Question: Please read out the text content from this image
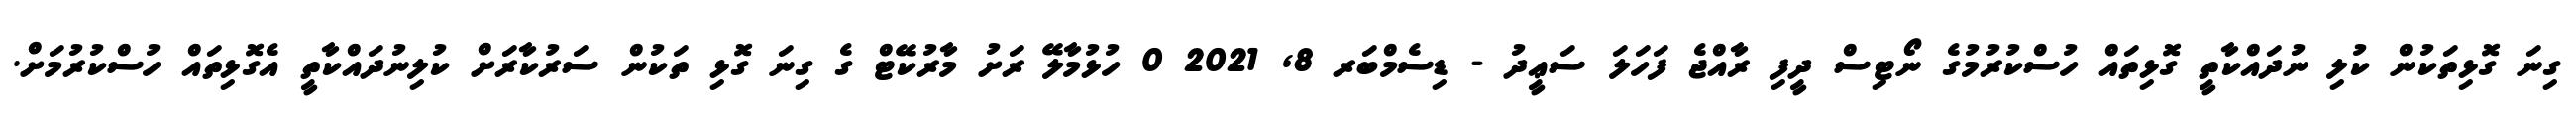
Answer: ގިނަ ގޮޅިތަކުން ކުލި ނުދައްކާތީ ގޮޅިތައް ހުސްކުރުމުގެ ނޯޓިސް ދީފި ރާއްޖެ ފަހަލަ ސަޢީދު - ޑިސެމްބަރ 8, 2021 0 ހުޅުމާލޭ ރަށު މާރުކޭޓް ގެ ގިނަ ގޮޅި ތަކުން ސަރުކާރަށް ކުލިނުދައްކާތީ އެގޮޅިތައް ހުސްކުރުމަށް.